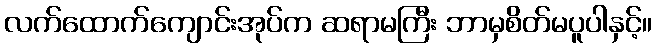
လက်ထောက်ကျောင်းအုပ်က ဆရာမကြီး ဘာမှစိတ်မပူပါနှင့်။